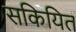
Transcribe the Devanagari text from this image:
सकियित